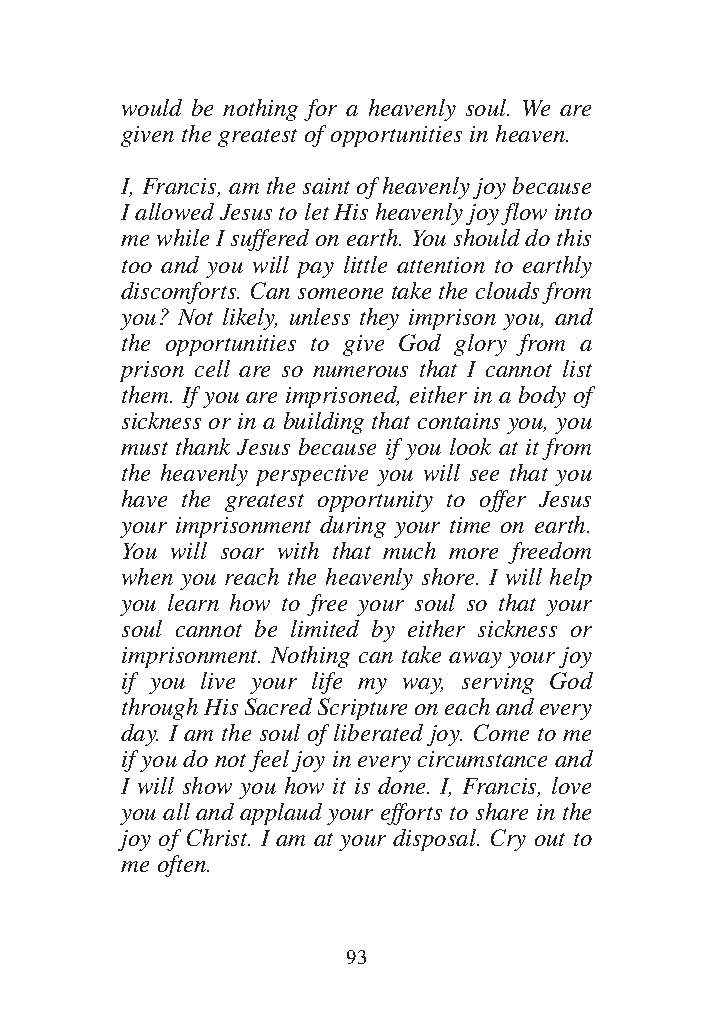
DFOT Vol 5 No App_1 12/3/13 8:54 PM Page 93
 would be nothing for a heavenly soul. We are
 given the greatest of opportunities in heaven.
 I, Francis, am the saint of heavenly joy because
 I allowed Jesus to let His heavenly joy flow into
 me while I suffered on earth. You should do this
 too and you will pay little attention to earthly
 discomforts. Can someone take the clouds from
 you? Not likely, unless they imprison you, and
 the opportunities to give God glory from a
 prison cell are so numerous that I cannot list
 them. If you are imprisoned, either in a body of
 sickness or in a building that contains you, you
 must thank Jesus because if you look at it from
 the heavenly perspective you will see that you
 have the greatest opportunity to offer Jesus
 your imprisonment during your time on earth.
 You will soar with that much more freedom
 when you reach the heavenly shore. I will help
 you learn how to free your soul so that your
 soul cannot be limited by either sickness or
 imprisonment. Nothing can take away your joy
 if you live your life my way, serving God
 through His Sacred Scripture on each and every
 day. I am the soul of liberated joy. Come to me
 if you do not feel joy in every circumstance and
 I will show you how it is done. I, Francis, love
 you all and applaud your efforts to share in the
 joy of Christ. I am at your disposal. Cry out to
 me often.
 93